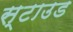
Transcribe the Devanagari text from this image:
स्टाउड